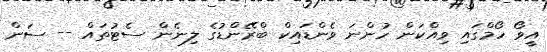
އީވޯ ހޯމްގައި ވިއްކަން ހުންނަ ވެންޑައިކް ބްރޭންޑުގެ ލިނެން ސެޓުތައް -- ސަން